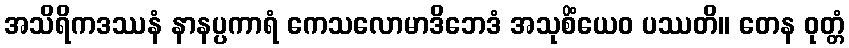
အသိရိကဒဿနံ နာနပ္ပကာရံ ကေသလောမာဒိဘေဒံ အသုစိံယေဝ ပဿတိ။ တေန ဝုတ္တံ